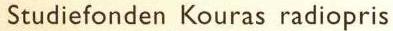
 Studiefonden Kouras radiopris